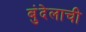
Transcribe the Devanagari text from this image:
बुंदेलाची